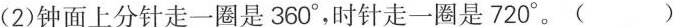
(2)钟面上分针走一圈是360°，时针走一圈是720°。( )